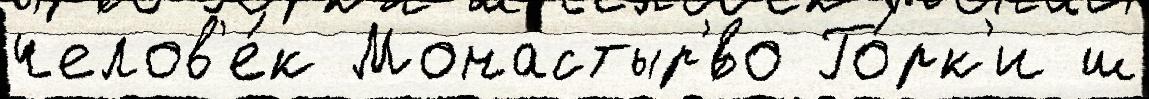
челов'е́к Монастыр'́во Го́рк'и ш